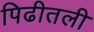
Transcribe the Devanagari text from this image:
पिढीतली